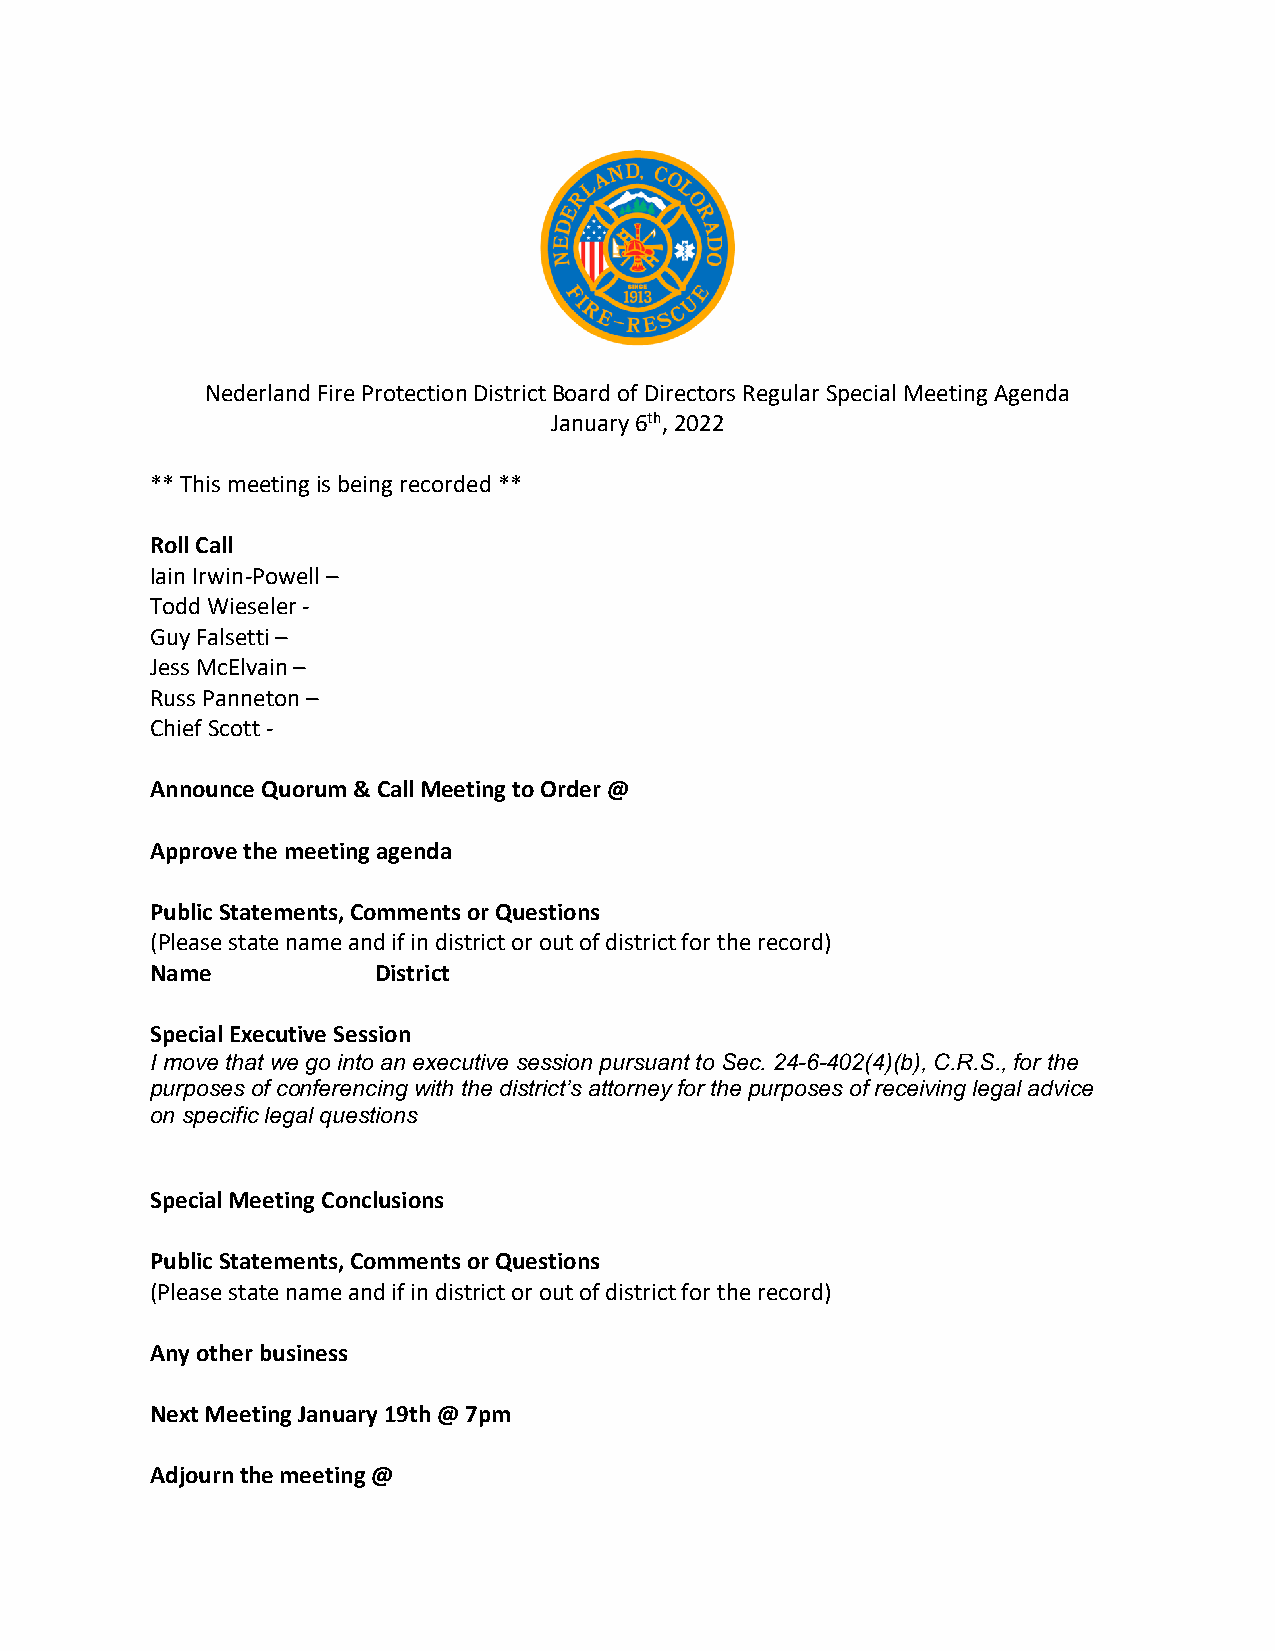
Nederland Fire Protection District Board of Directors Regular Special Meeting Agenda
 January 6th, 2022
 ** This meeting is being recorded **
 Roll Call
 Iain Irwin-Powell –
 Todd Wieseler -
 Guy Falsetti –
 Jess McElvain –
 Russ Panneton –
 Chief Scott -
 Announce Quorum & Call Meeting to Order @
 Approve the meeting agenda
 Public Statements, Comments or Questions
 (Please state name and if in district or out of district for the record)
 Name           District
 Special Executive Session
 I move that we go into an executive session pursuant to Sec. 24-6-402(4)(b), C.R.S., for the
 purposes of conferencing with the district’s attorney for the purposes of receiving legal advice
 on specific legal questions
 Special Meeting Conclusions
 Public Statements, Comments or Questions
 (Please state name and if in district or out of district for the record)
 Any other business
 Next Meeting January 19th @ 7pm
 Adjourn the meeting @